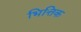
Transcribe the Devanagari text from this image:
भित्तिक